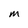
Character: M